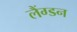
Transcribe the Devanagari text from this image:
लैंग्डन